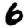
Digit: 6